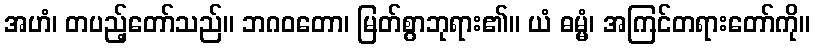
အဟံ၊ တပည့်တော်သည်။ ဘဂဝတော၊ မြတ်စွာဘုရား၏။ ယံ ဓမ္မံ၊ အကြင်တရားတော်ကို။